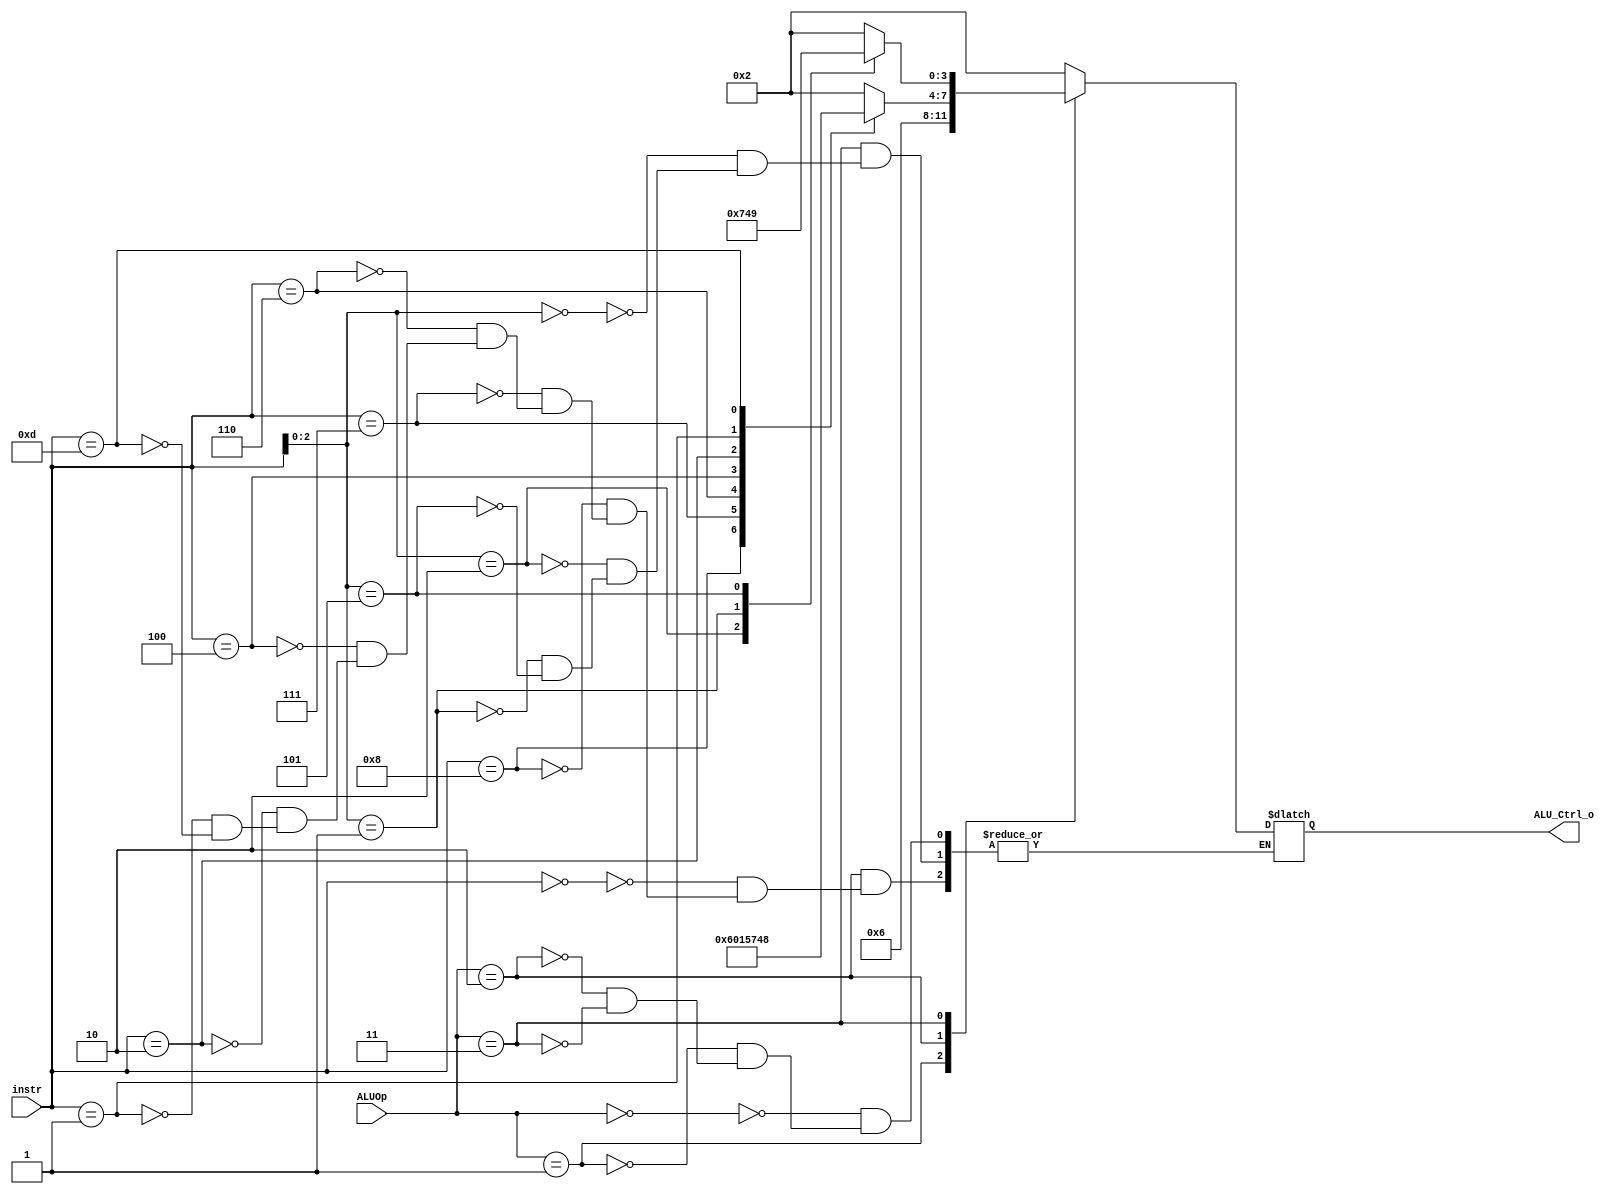
`timescale 1ns/1ps

module ALU_Ctrl(
    input       [4-1:0] instr,
    input       [2-1:0] ALUOp,
    output reg  [4-1:0] ALU_Ctrl_o
);

wire [2:0] func3;
assign func3 = instr[2:0];

always@(*) begin
	case(ALUOp)
		2'b00: ALU_Ctrl_o <= 4'b0010;  // ld and sd
		2'b01: ALU_Ctrl_o <= 4'b0110; // beq
		2'b10: // R-type
			case(instr)
				4'b0000: ALU_Ctrl_o <= 4'b0010; // add 
				4'b1000: ALU_Ctrl_o <= 4'b0110; // sub
				4'b0111: ALU_Ctrl_o <= 4'b0000; // and
				4'b0110: ALU_Ctrl_o <= 4'b0001; // or
				4'b0100: ALU_Ctrl_o <= 4'b0101; //xor
				4'b0010: ALU_Ctrl_o <= 4'b0111; // slt
				4'b0001: ALU_Ctrl_o <= 4'b0100; //sll
				4'b1101: ALU_Ctrl_o <= 4'b1000; //sra
			endcase
        2'b11: 
			case(func3)
				3'b000: ALU_Ctrl_o <= 4'b0010; //addi
				3'b010: ALU_Ctrl_o <= 4'b0111; //slti
				3'b001: ALU_Ctrl_o <= 4'b0100; //slli
				3'b101: ALU_Ctrl_o <= 4'b1001; //srli
			endcase
	endcase
end

endmodule